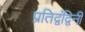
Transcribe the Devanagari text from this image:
प्रतिद्वंद्विनी